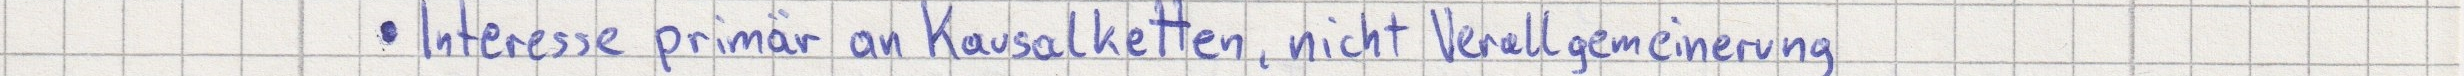
Interesse primär an Kausalketten, nicht Verallgemeinerung